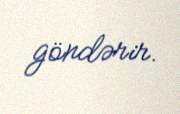
göndərir.